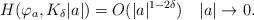
LaTeX: \begin{align*} H(\varphi_a, K_\delta |a|)=O(|a|^{1-2\delta})\quad|a|\to0.\end{align*}